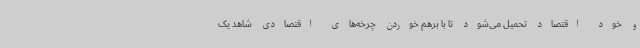
و خود اقتصاد تحمیل می‌شود تا با برهم خوردن چرخه‌های اقتصادی شاهد یک